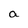
Character: a